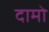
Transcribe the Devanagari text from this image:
दामो